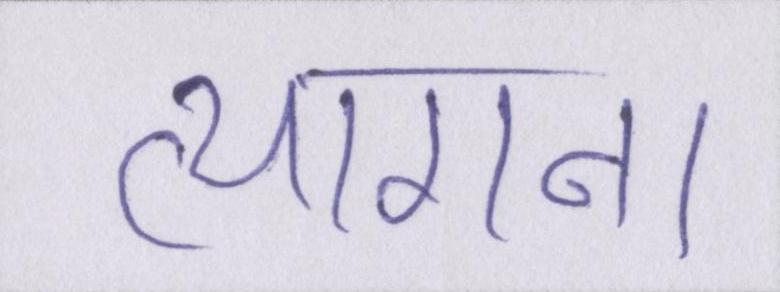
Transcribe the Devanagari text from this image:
त्यागना